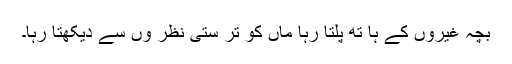
بچہ غیروں کے ہا تھ پلتا رہا ماں کو تر ستی نظر وں سے دیکھتا رہا۔